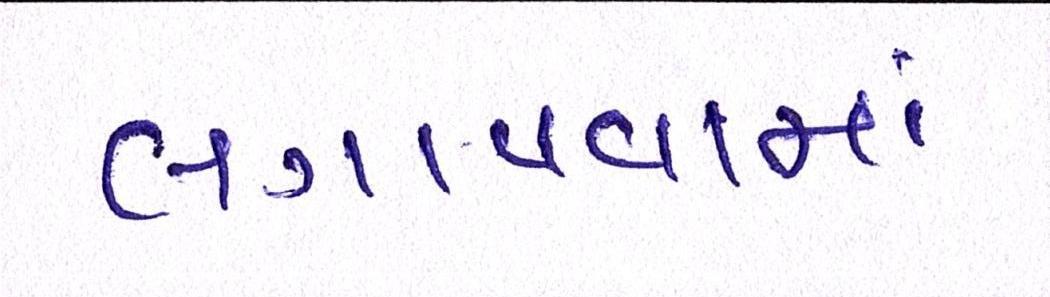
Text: લગાવવામાં